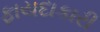
ફાયદાકારી